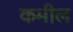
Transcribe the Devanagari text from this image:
कमील